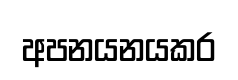
අපනයනයකර